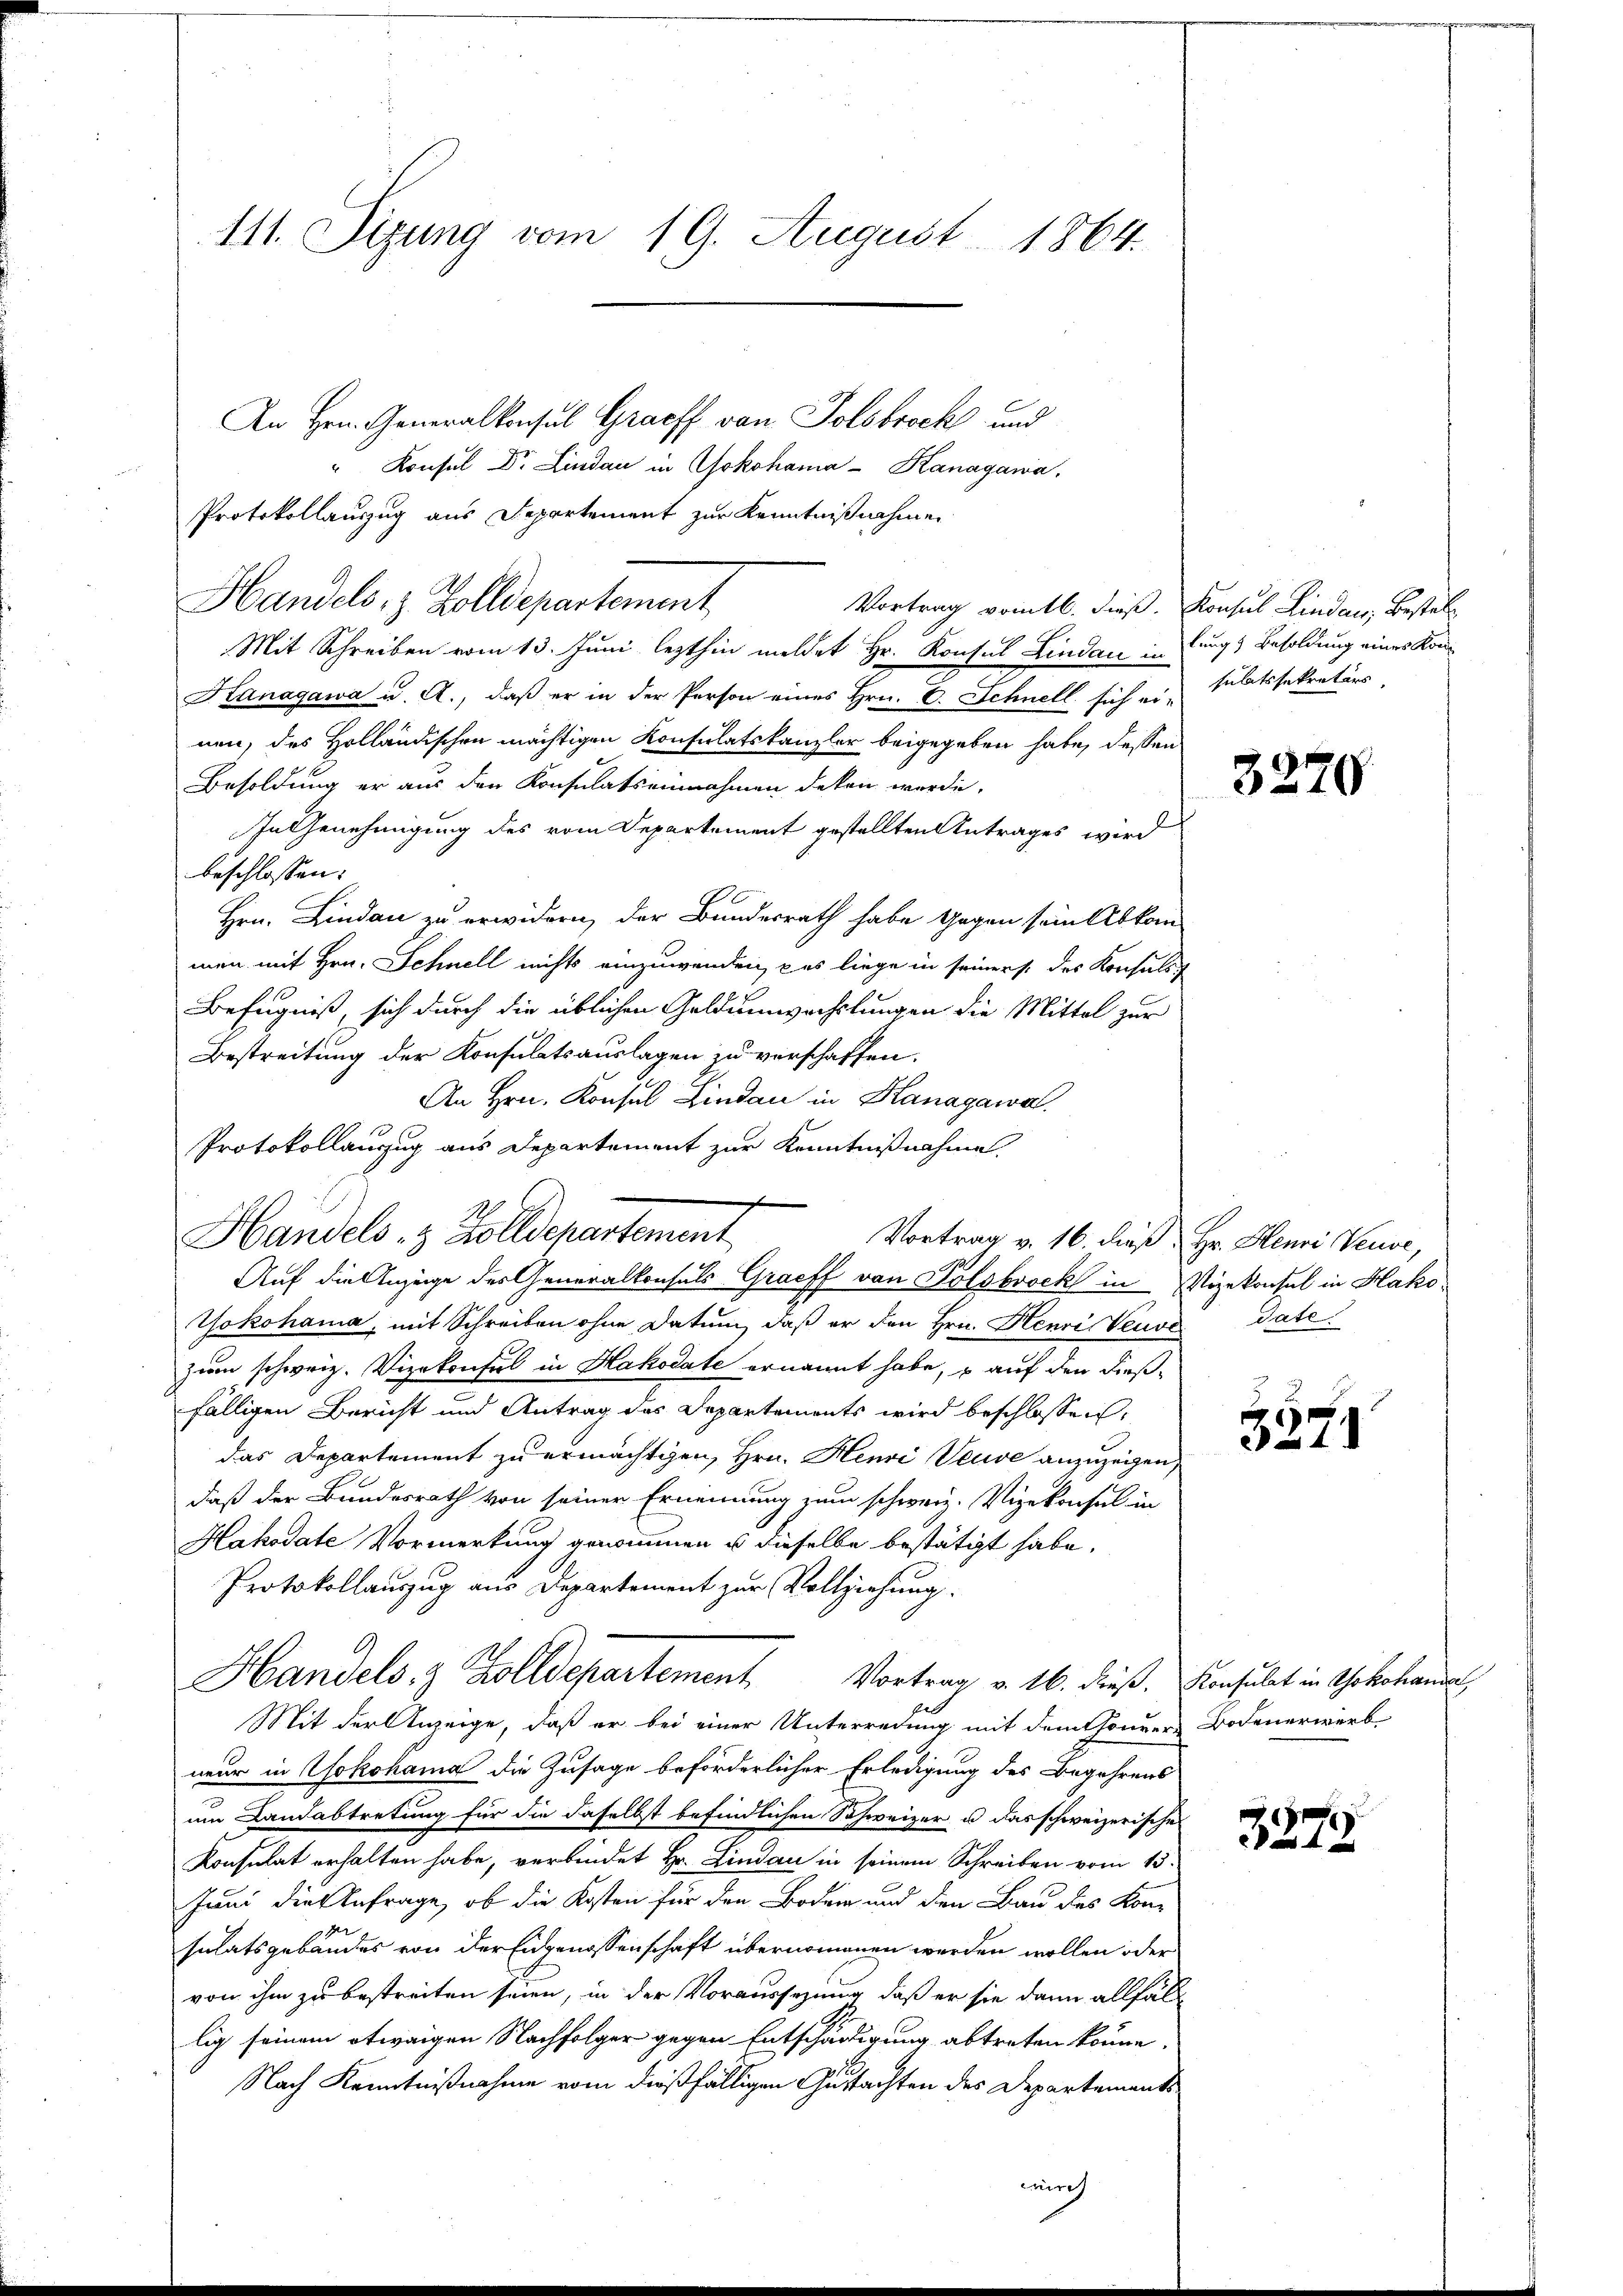
111. Sizung vom 19. August 1864.

An Hrn. Generalkonsul Graeff von Tolsbrock und
" Konsul Dr. Lindau in Yokohama - Kanagawa
Protokollauszug aus Departement zur Kenntnißnahme
Mit Schreiben vom 13. Juni lezthin meldet Hr. Konsul Lindau in
Hanagawa u. A., daß er in der Person eines Hrn. E. Schnell sich er- sulatssekretärs
nen, des Holländischen mächtigen Konsulatskanzler beigegeben habe, dessen
Besoldung er aus den Konsulatseinnahmen deken werde.
In Genehmigung des vom Departement gestellten Antrages wird
beschlossen:
.
Hrn. Lindau zu erwidern, der Bundesrath habe Gegen sein Abkom-
men mit Hrn. Schnell nichts einzuwenden, es liege in seiners des Konsuls
Befugniß, sich durch die üblichen Geldunwachslungen die Mittel zur
Bestreitung der Konsulatsauslagen zu verschaffen.
An Hrn. Konsul Lindau in Kanagawa
Protokollauszug aus Departement zur Kenntnißnahme.
Handels- & Zolldepartement
Auf die Anzeige des Generalkonsuls Graeff von Polsbrock in Vizekonsul in Hako
Yokohama, mit Schreiben ohne Datum, daß er den Hrn. Henri Veuve date
zum schweiz. Vizekonsul in Hakodate ernannt habe, o auf den dieß-
fälligen Bericht und Antrag des Departements wird beschlossen,
das Departement zu ermächtigen, Hrn. Henri Veuve anzuzeigen,
daß der Bundesrath von seiner Ernennung zum schweiz. Vizekonsul in
Hakodate Vormerkung genommen u dieselbe bestätigt habe.
Protokollauszug aus Departement zur Vollziehung.
Handels, & Zolldepartement Vortrag v. 16. dieß.
Mit der Anzeige, daß er bei einer Unterredung mit dem Honders Bodenerwerb
neur in Yokohama die Zusage beförderlicher Erledigung des Begehrens
um Landabtretung für die daselbst befindlichen Schweizer u das schweizerische
Konsulat erhalten habe, verbindet Hr. Lindau in seinem Schreiben vom 15.
Juni die Anfrage, ob die Kosten für den Boden und den Bau des Konsulatsgebäudes von der Eidgenossenschaft übernommenen werden wollen oder
von ihm zu bestreiten seien, in der Voraussezung, daß er sie dann allfäll
lig seinem etwaigen Nachfolger gegen Entschädigung abtreten könne.
Nach Kenntnißnahme vom dießfälligen Gustachten des Departements
irch

Handels, z. Zolldepartement

Vortrag vom 16. dieß.

Vortrag v. 16. dieß Hr. Henri Veuve,

Konsul Lindau, Bestellung & Besoldung eines Kön

3276

3371

Konsulat in Yokohandel

3379